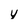
Character: 4